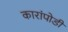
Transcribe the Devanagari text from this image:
कारांपोडी